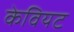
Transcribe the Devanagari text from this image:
केवियट